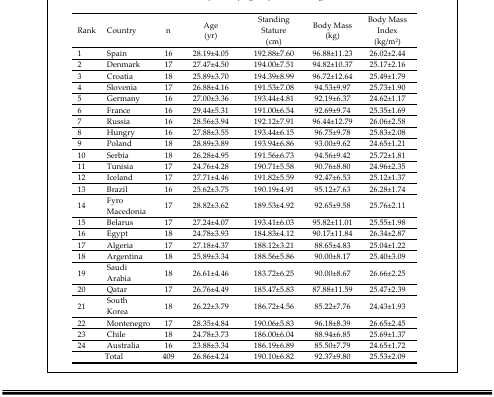
<table><thead><tr><td><b>Rank</b></td><td><b>Country</b></td><td><b>n</b></td><td><b>Age (yr)</b></td><td><b>Standing Stature (cm)</b></td><td><b>Body Mass (kg)</b></td><td><b>Body Mass Index (kg/m<sup>2</sup>)</b></td></tr></thead><tbody><tr><td>1</td><td>Spain</td><td>16</td><td>28.19±4.05</td><td>192.88±7.60</td><td>96.88±11.23</td><td>26.02±2.44</td></tr><tr><td>2</td><td>Denmark</td><td>17</td><td>27.47±4.50</td><td>194.00±7.51</td><td>94.82±10.37</td><td>25.17±2.16</td></tr><tr><td>3</td><td>Croatia</td><td>18</td><td>25.89±3.70</td><td>194.39±8.99</td><td>96.72±12.64</td><td>25.49±1.79</td></tr><tr><td>4</td><td>Slovenia</td><td>17</td><td>26.88±4.16</td><td>191.53±7.08</td><td>94.53±9.97</td><td>25.73±1.90</td></tr><tr><td>5</td><td>Germany</td><td>16</td><td>27.00±3.36</td><td>193.44±4.81</td><td>92.19±6.37</td><td>24.62±1.17</td></tr><tr><td>6</td><td>France</td><td>16</td><td>29.44±5.31</td><td>191.00±6.54</td><td>92.69±9.74</td><td>25.35±1.69</td></tr><tr><td>7</td><td>Russia</td><td>16</td><td>28.56±3.94</td><td>192.12±7.91</td><td>96.44±12.79</td><td>26.06±2.58</td></tr><tr><td>8</td><td>Hungry</td><td>16</td><td>27.88±3.55</td><td>193.44±6.15</td><td>96.75±9.78</td><td>25.83±2.08</td></tr><tr><td>9</td><td>Poland</td><td>18</td><td>28.89±3.89</td><td>193.94±6.86</td><td>93.00±9.62</td><td>24.65±1.21</td></tr><tr><td>10</td><td>Serbia</td><td>18</td><td>26.28±4.95</td><td>191.56±6.73</td><td>94.56±9.42</td><td>25.72±1.81</td></tr><tr><td>11</td><td>Tunisia</td><td>17</td><td>24.76±4.28</td><td>190.71±5.58</td><td>90.76±8.80</td><td>24.96±2.35</td></tr><tr><td>12</td><td>Iceland</td><td>17</td><td>27.71±4.46</td><td>191.82±5.59</td><td>92.47±6.53</td><td>25.12±1.37</td></tr><tr><td>13</td><td>Brazil</td><td>16</td><td>25.62±3.75</td><td>190.19±4.91</td><td>95.12±7.63</td><td>26.28±1.74</td></tr><tr><td>14</td><td>Fyro Macedonia</td><td>17</td><td>28.82±3.62</td><td>189.53±4.92</td><td>92.65±9.58</td><td>25.76±2.11</td></tr><tr><td>15</td><td>Belarus</td><td>17</td><td>27.24±4.07</td><td>193.41±6.03</td><td>95.82±11.01</td><td>25.55±1.98</td></tr><tr><td>16</td><td>Egypt</td><td>18</td><td>24.78±3.93</td><td>184.83±4.12</td><td>90.17±11.84</td><td>26.34±2.87</td></tr><tr><td>17</td><td>Algeria</td><td>17</td><td>27.18±4.37</td><td>188.12±3.21</td><td>88.65±4.83</td><td>25.04±1.22</td></tr><tr><td>18</td><td>Argentina</td><td>18</td><td>25.89±3.34</td><td>188.56±5.86</td><td>90.00±8.17</td><td>25.40±3.09</td></tr><tr><td>19</td><td>Saudi Arabia</td><td>18</td><td>26.61±4.46</td><td>183.72±6.25</td><td>90.00±8.67</td><td>26.66±2.25</td></tr><tr><td>20</td><td>Qatar</td><td>17</td><td>26.76±4.49</td><td>185.47±5.83</td><td>87.88±11.59</td><td>25.47±2.39</td></tr><tr><td>21</td><td>South Korea</td><td>18</td><td>26.22±3.79</td><td>186.72±4.56</td><td>85.22±7.76</td><td>24.43±1.93</td></tr><tr><td>22</td><td>Montenegro</td><td>17</td><td>28.35±4.84</td><td>190.06±5.83</td><td>96.18±8.39</td><td>26.65±2.45</td></tr><tr><td>23</td><td>Chile</td><td>18</td><td>24.78±3.73</td><td>186.00±6.04</td><td>88.94±6.85</td><td>25.69±1.37</td></tr><tr><td>24</td><td>Australia</td><td>16</td><td>23.88±3.34</td><td>186.19±6.89</td><td>85.50±7.79</td><td>24.65±1.72</td></tr><tr><td></td><td>Total</td><td>409</td><td>26.86±4.24</td><td>190.10±6.82</td><td>92.37±9.80</td><td>25.53±2.09</td></tr></tbody></table>